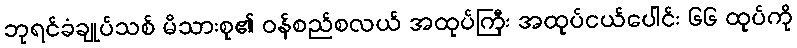
ဘုရင်ခံချုပ်သစ် မိသားစု၏ ဝန်စည်စလယ် အထုပ်ကြီး အထုပ်ငယ်ပေါင်း ၆၆ ထုပ်ကို